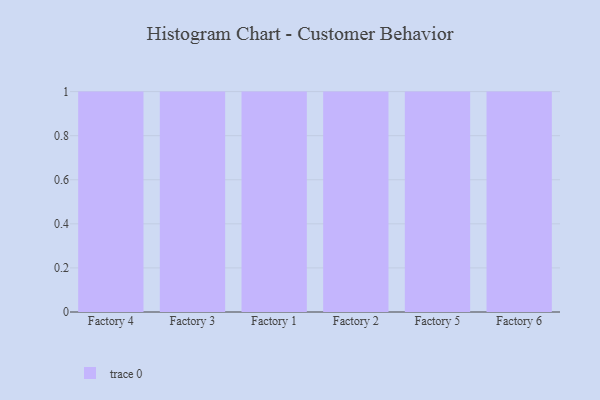
{"axis": {"x": "Factory", "y": "Operating Costs (USD K)"}, "legend": [""], "data": [{"x": "Factory 4", "y": 67, "type": ""}, {"x": "Factory 3", "y": 100, "type": ""}, {"x": "Factory 1", "y": 63, "type": ""}, {"x": "Factory 2", "y": 83, "type": ""}, {"x": "Factory 5", "y": 34, "type": ""}, {"x": "Factory 6", "y": 7, "type": ""}]}